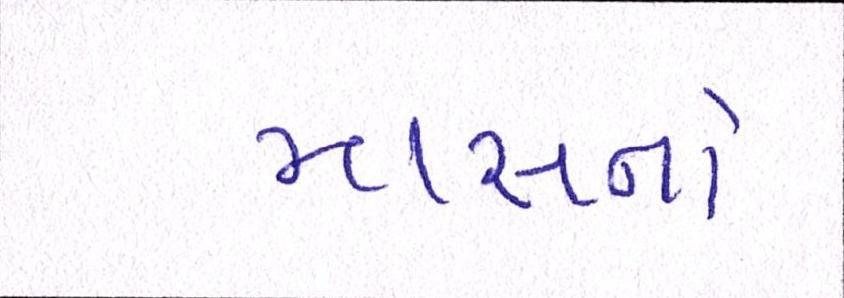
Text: માસનો